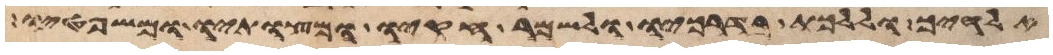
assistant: אלהיך וללכת בדרכיו ולשמר חקיו ומצותיו ומשפטיו